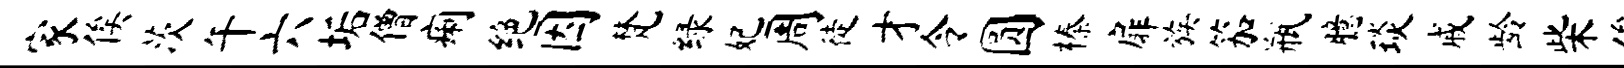
家俟茨午六垢僧痢绝因梵绿妃周徒才令圆榛扉族笳瓶臆琰戚龄柴俟帆